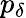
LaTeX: p_{\delta}